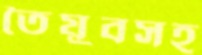
তৈয়ুবসহ